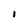
Character: l